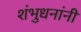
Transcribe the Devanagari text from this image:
शंभुधनांनी